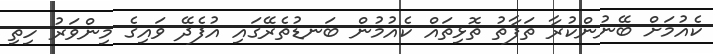
ކެއުމަށް ބޭނުންކުރާ ތަފާތު ތޮޅިތައް ކެއުމުން ބަނޑުތެރޭގައި އުފެދޭ ވައިގެ މިންވަރު ހިތި